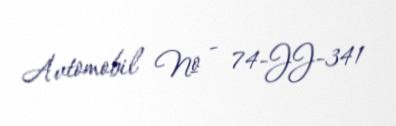
Avtomobil № - 74-JJ-341